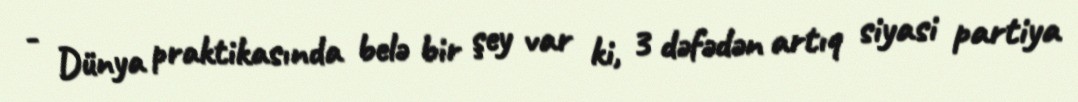
- Dünya praktikasında belə bir şey var ki, 3 dəfədən artıq siyasi partiya